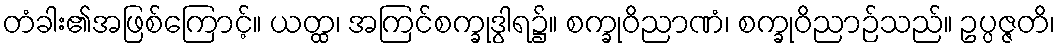
တံခါး၏အဖြစ်ကြောင့်။ ယတ္ထ၊ အကြင်စက္ခုဒွါရ၌။ စက္ခုဝိညာဏံ၊ စက္ခုဝိညာဉ်သည်။ ဥပ္ပဇ္ဇတိ၊